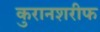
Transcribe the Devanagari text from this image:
कुरानशरीफ